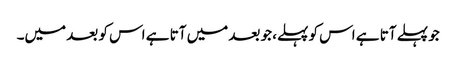
جو پہلے آتا ہے اس کو پہلے، جو بعد میں آتا ہے اس کو بعد میں۔